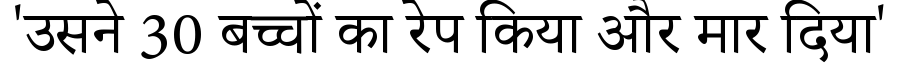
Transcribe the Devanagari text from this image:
'उसने 30 बच्चों का रेप किया और मार दिया'